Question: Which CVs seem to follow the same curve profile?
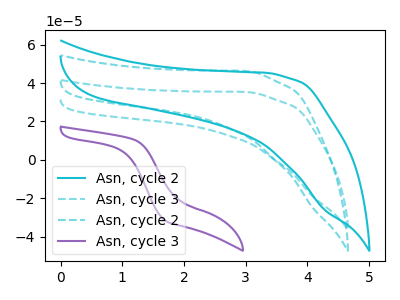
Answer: <think>The cyan curve "Asn, cycle 2" has no peaks. The cyan dashed curve "Asn, cycle 3" has no peaks. The cyan dashed curve "Asn, cycle 2" has no peaks. The purple curve "Asn, cycle 3" has no peaks.
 Neither "Asn, cycle 2" or "Asn, cycle 3" have any peaks. Neither "Asn, cycle 2" or "Asn, cycle 2" have any peaks. Neither "Asn, cycle 2" or "Asn, cycle 3" have any peaks. Neither "Asn, cycle 3" or "Asn, cycle 2" have any peaks. Neither "Asn, cycle 3" or "Asn, cycle 3" have any peaks. Neither "Asn, cycle 2" or "Asn, cycle 3" have any peaks.</think>
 <answer>"Asn, cycle 2", "Asn, cycle 2", "Asn, cycle 3" and "Asn, cycle 3" have the same shape and are likely CV's of the same chemical.</answer>
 <eval>"Asn, cycle 2" "Asn, cycle 2" "Asn, cycle 3" "Asn, cycle 3"</eval>